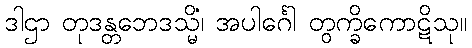
ဒါဌာ တုဒန္တဘေဒသ္မိံ၊ အပါင်္ဂေါ တွက္ခိကောဋိသု။